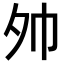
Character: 𪤷